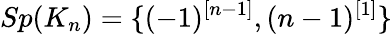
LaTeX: Sp(K_{n})=\{ (-1)^{[n-1]},(n-1)^{[1]}\}